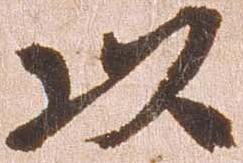
以